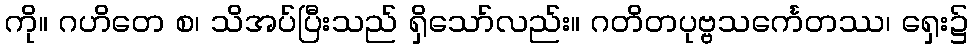
ကို။ ဂဟိတေ စ၊ သိအပ်ပြီးသည် ရှိသော်လည်း။ ဂတိတပုဗ္ဗသင်္ကေတဿ၊ ရှေး၌